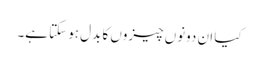
کیا ان دونوں چیزوں کا بدل ہو سکتا ہے۔